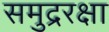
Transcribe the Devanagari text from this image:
समुद्ररक्षा